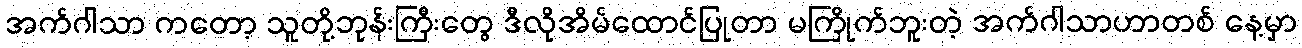
အက်ဂါသာ ကတော့ သူတို့ဘုန်းကြီးတွေ ဒီလိုအိမ်ထောင်ပြုတာ မကြိုက်ဘူးတဲ့ အက်ဂါသာဟာတစ် နေ့မှာ